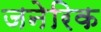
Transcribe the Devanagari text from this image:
जनेरिक